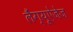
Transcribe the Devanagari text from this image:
लैंग्यूऐजेज